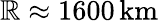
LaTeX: \mathbb{R}\approx1600\, {\mathrm{{km}}}